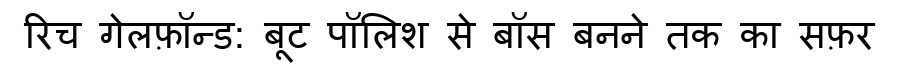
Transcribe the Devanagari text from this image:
रिच गेलफ़ॉन्ड: बूट पॉलिश से बॉस बनने तक का सफ़र